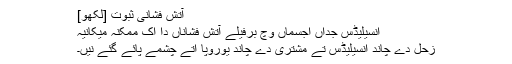
آتش فشانی ثبوت [لکھو]
انسیلیڈس جداں اجسماں وچ برفیلے آتش فشاناں دا اک ممکنہ میکانیہ
زحل دے چاند انسیلیڈس تے مشتری دے چاند یوروپا اُتے چشمے پائے گئے نيں۔